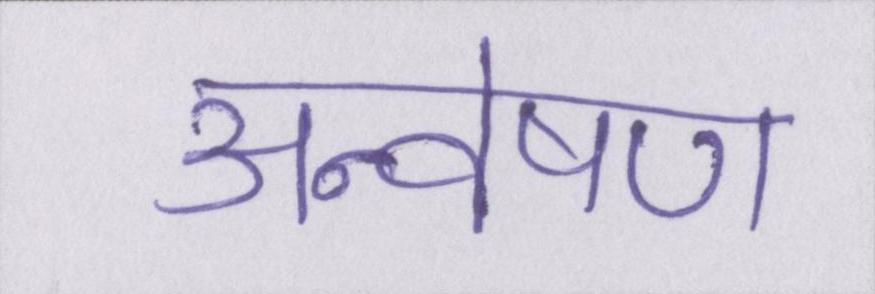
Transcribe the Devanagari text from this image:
अन्वेषण